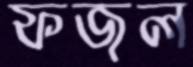
ফজল